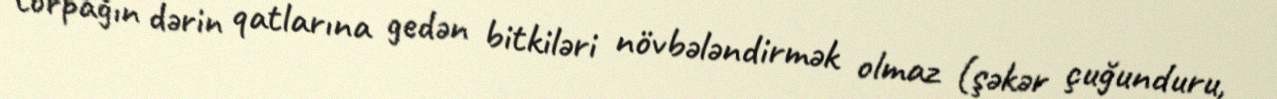
torpağın dərin qatlarına gedən bitkiləri növbələndirmək olmaz (şəkər çuğunduru,